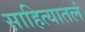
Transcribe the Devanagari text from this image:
साहित्यातलं